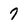
Character: 7